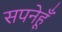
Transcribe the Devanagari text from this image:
सपनेहूँ